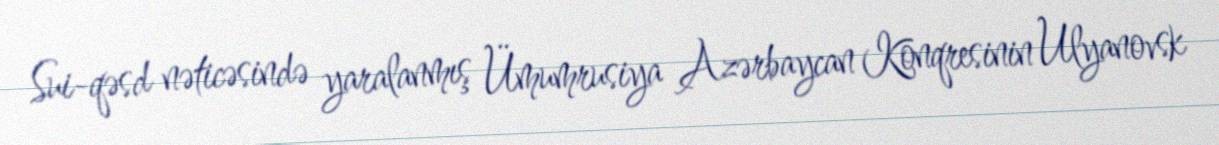
Sui-qəsd nəticəsində yaralanmış Ümumrusiya Azərbaycan Konqresinin Ulyanovsk